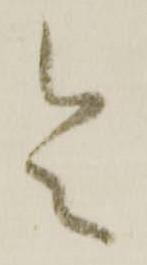
令